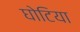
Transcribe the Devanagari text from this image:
घोटिया